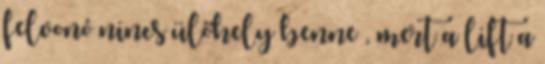
felvonó nincs ülőhely benne , mert a lift a